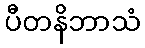
ပီတနိဘာသံ